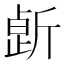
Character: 𣂸